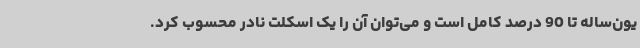
یون‌ساله تا 90 درصد کامل است و می‌توان آن را یک اسکلت نادر محسوب کرد.